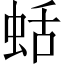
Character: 蛞